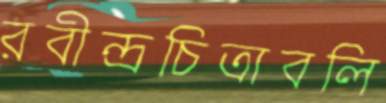
রবীন্দ্রচিত্রাবলি